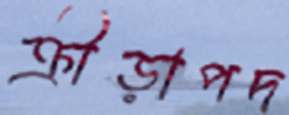
ক্রীড়াপদ